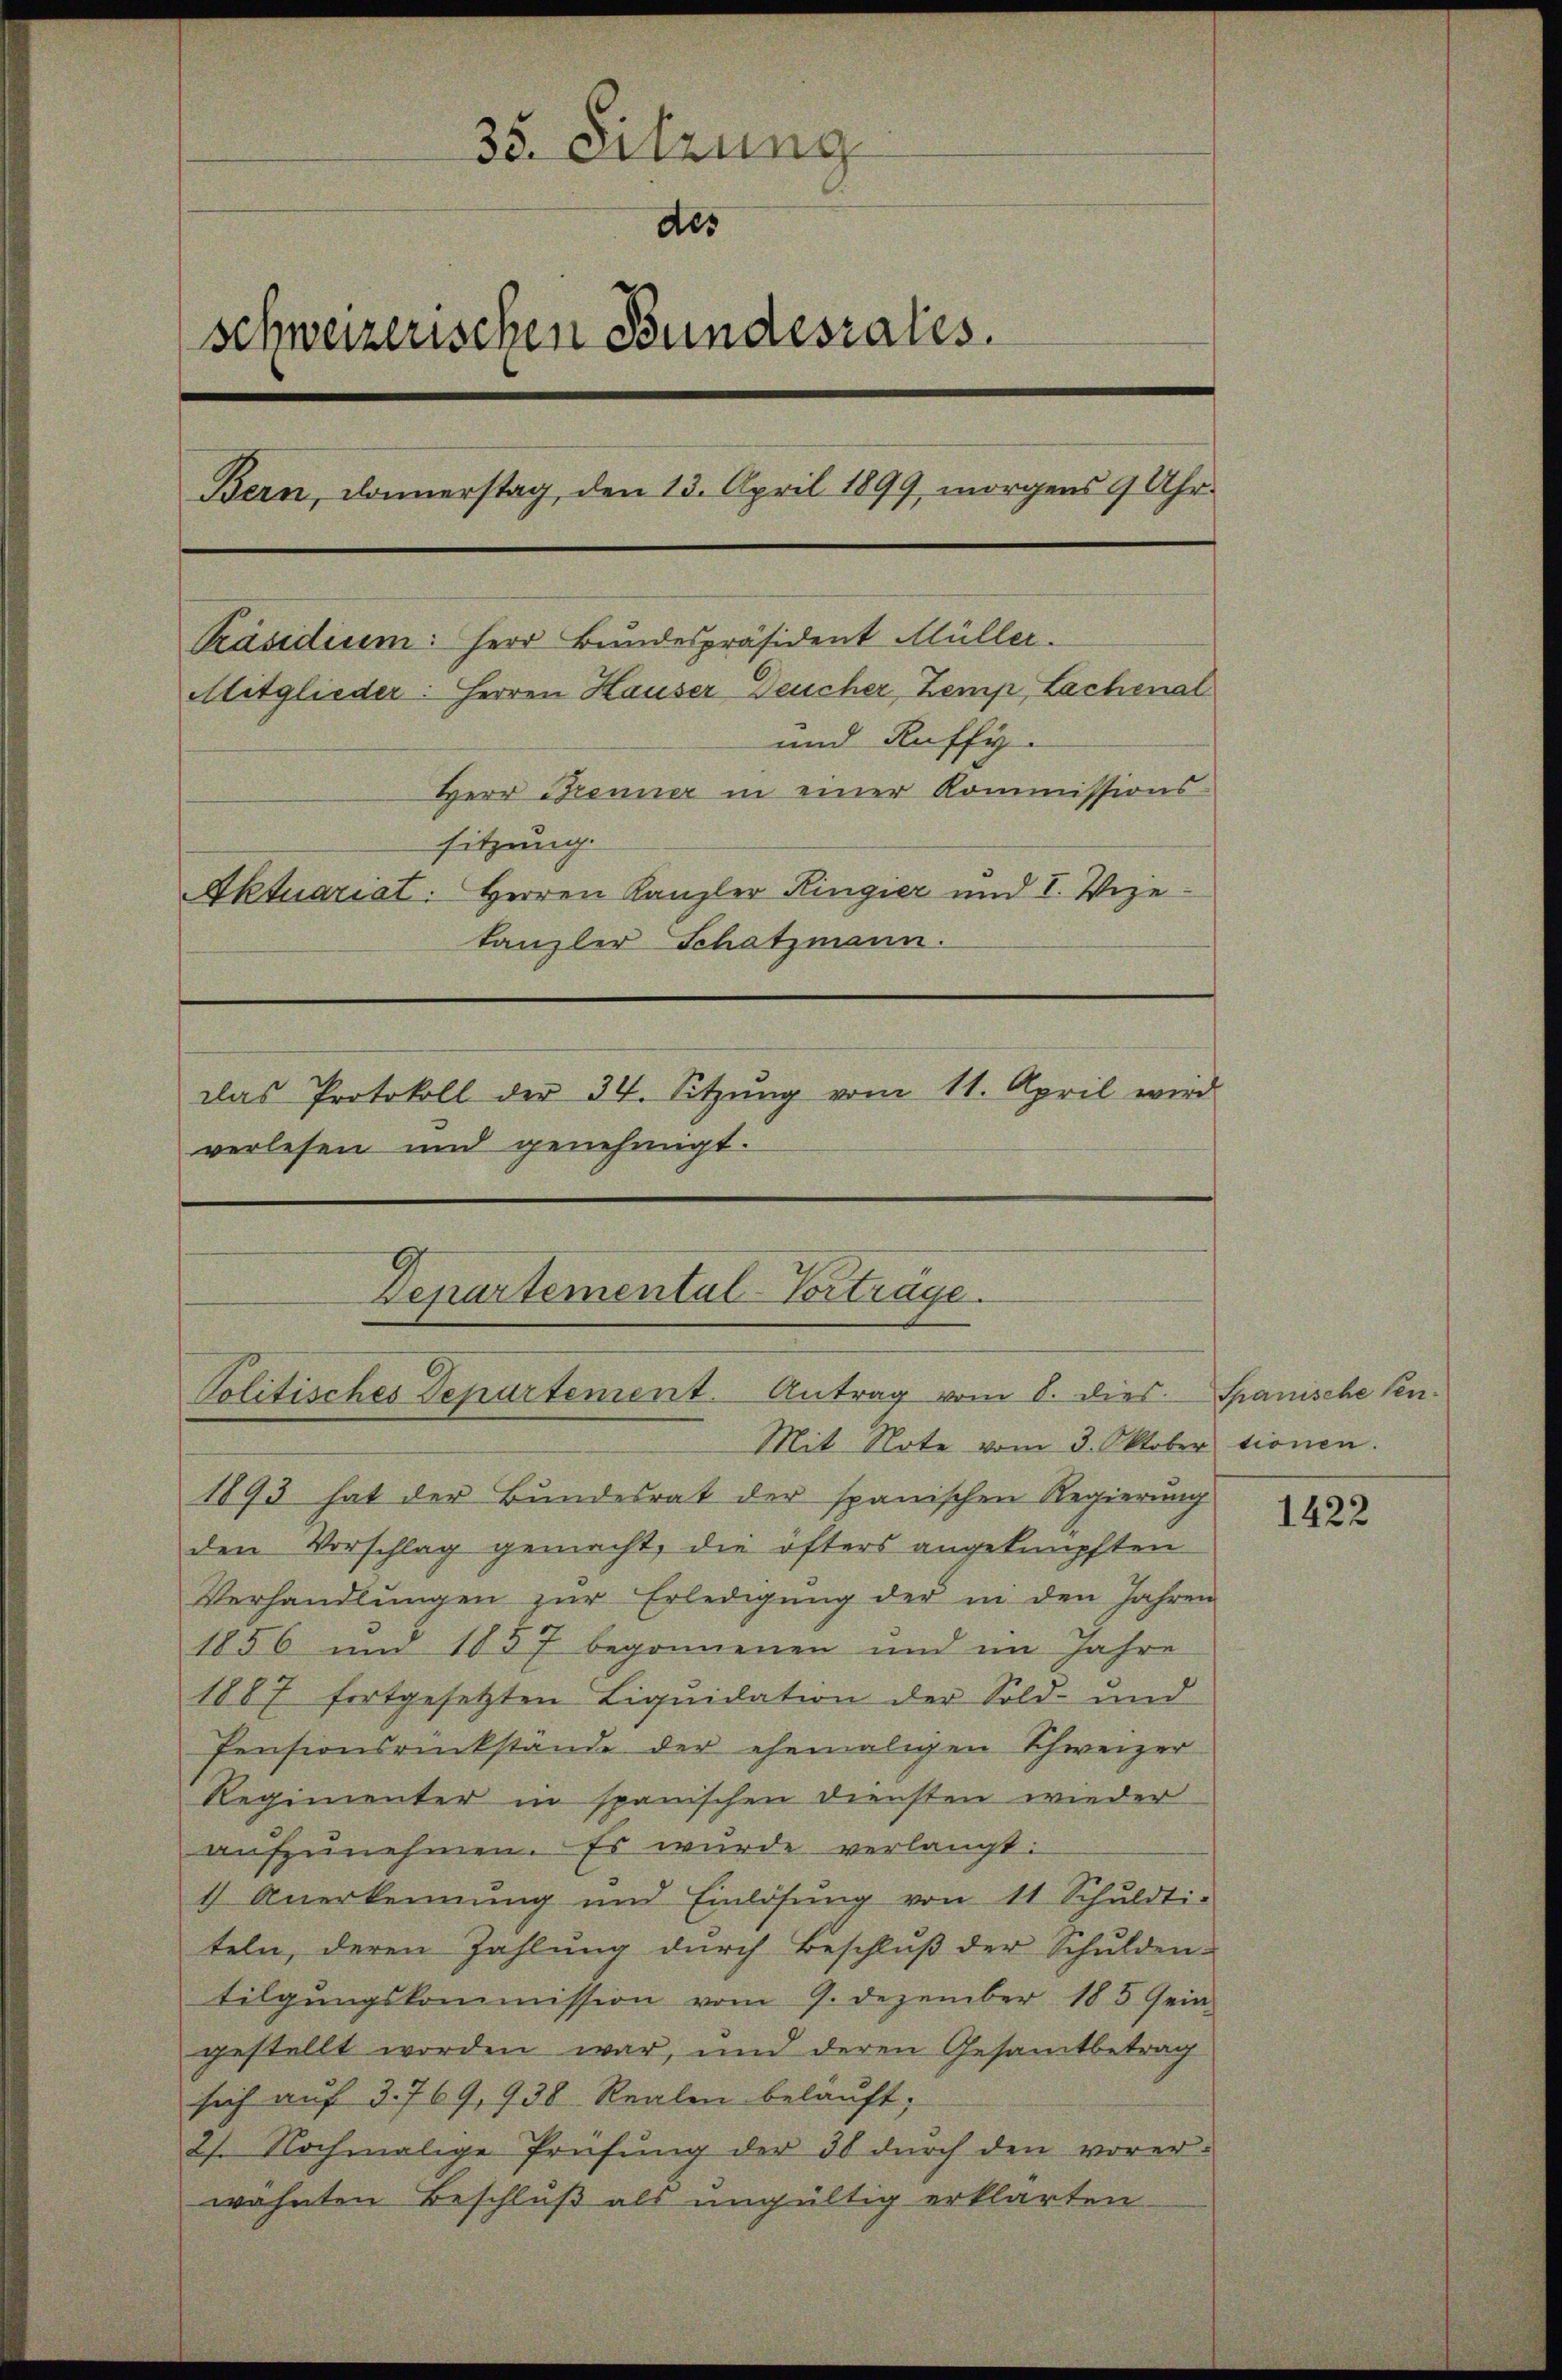
35. Sitzung
des
schweizerischen Bundesrates.
Bern, Donnerstag, den 13. April 1899, morgens 9 Uhr
Präsidium: Herr Bundespräsident Müller.
Mitglieder: Herren Hauser Deucher, Zemp, Lachenal
und Ruffy.
Herr Brenner in einer Kommissions-
sitzung.
Aktuariat: Herren Kanzler Ringier und I. Vize
tanzler Schatzmann.
das Protokoll der 34. Sitzŭng vom 11. April wird
verlesen und genehmigt.

Departemental-Vorträge.
Politisches Departement. Antrag vom 8. dies Spanische Sen¬

Mit Note vom 3. Oktober tionen.
1893 hat der Bundesrat der spanischen Regierung
den Vorschlag gemacht, die öfters angeknüpften
Verhandlŭngen zŭr Erledigŭng der in den Jahren
1856 und 1857 begonnenen und im Jahre
1887 fortgesetzten Liquidation der Sold- und
Pensionsrückstände der ehemaligen Schweizer
Regimenter in spanischen Diensten wieder
aŭfzŭnehmen. Es wurde verlangt:
1 Anerkennung und Einlösung von 11 Schuldti-
teln, deren Zahlung durch Beschluß der Schulden-
tilgungskommission vom 9. Dezember 185 sein
gestellt worden war, und deren Gesamtbetrag
sich auf 3. 769, 938. Realen beläuft;
21. Nochmalige Prüfung der 30 durch den vorer-
wohnten Beschluß als ungültig erklärten.

1422